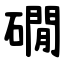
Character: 礀